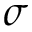
\sigma